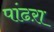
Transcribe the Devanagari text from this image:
पांढऱा